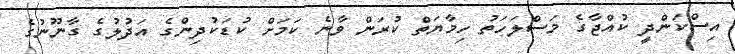
އިސްކަންދީ ކުއްޖާގެ މަސްލަހަތު ހިމާޔަތް ކުރަން ވާނެ ކަމަށް ކުޑަކުދިންގެ އަދުލުގެ ގާނޫނުގެ